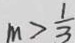
m > \frac { 1 } { 3 }